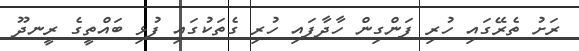
ރަށު ތެރޭގައި ހުރި ފަންގިން ހާދާފައި ހުރި ގެތަކުގައި ފުޅި ބައްތީގެ ރީނދޫ